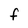
Character: F